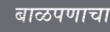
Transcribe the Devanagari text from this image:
बाळपणाचा